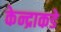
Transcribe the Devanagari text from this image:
केन्द्राकडे